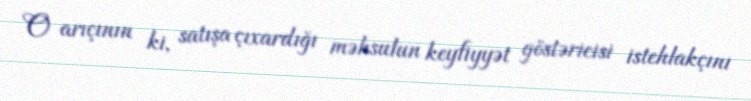
O arıçının ki, satışa çıxardığı məhsulun keyfiyyət göstəricisi istehlakçını